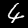
Label: 4